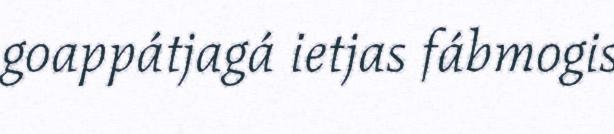
goappátjagá ietjas fábmogis